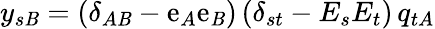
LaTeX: y_{s\mathit{B}}=(\delta_{A\mathit{B}}-\mathrm{e}_{A}\mathrm{e}_{\mathit{B}})\, (\delta_{st}-E_{s}E_{t})\, q_{tA}